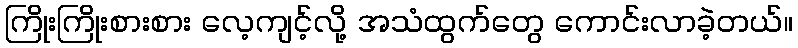
ကြိုးကြိုးစားစား လေ့ကျင့်လို့ အသံထွက်တွေ ကောင်းလာခဲ့တယ်။